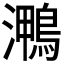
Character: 𭳠